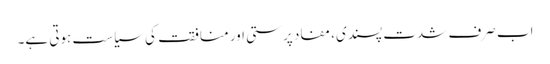
اب صرف شدت پسندی، مفاد پرستی اور منافقت کی سیاست ہوتی ہے۔